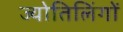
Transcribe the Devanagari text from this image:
ज्योतिलिंगों